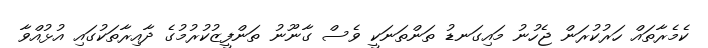
ކެމެރާތައް ހަރުކުރަން ޖެހުނު މައިގަނޑު ތަންތަނަކީ ވެސް ގާނޫނު ތަންފީޒުކުރުމުގެ ދާއިރާތަކުގައި އުޅުއްވާ